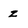
Character: z